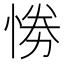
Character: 𢛗